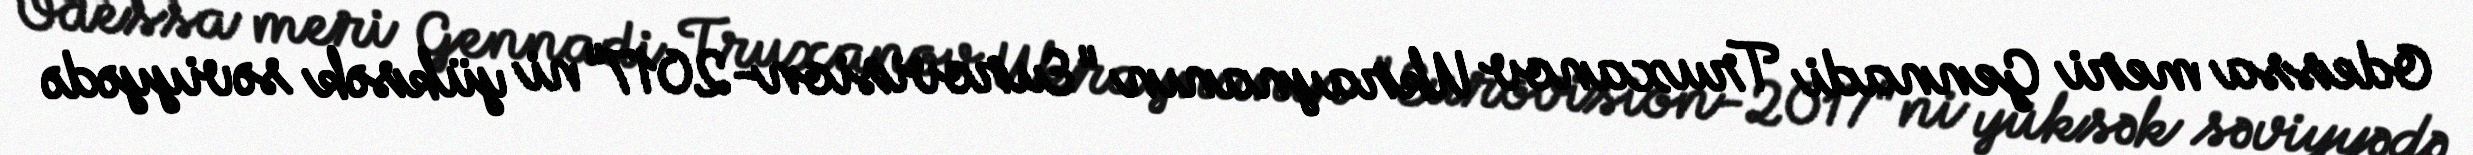
Odessa meri Gennadi Truxanov Ukraynanın "Eurovision-2017"ni yüksək səviyyədə